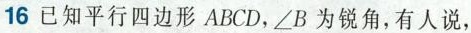
16 已知平行四边形ABCD，∠B为锐角，有人说，